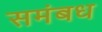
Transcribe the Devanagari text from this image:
समंबध